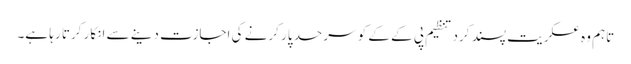
تاہم وہ عسکریت پسند کرد تنظیم پی کے کے کو سرحد پار کرنے کی اجازت دینے سے انکار کرتا رہا ہے۔